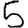
Digit: 5